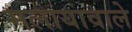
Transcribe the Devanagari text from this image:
मलायावाले